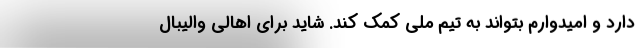
دارد و امیدوارم بتواند به تیم ملی کمک کند. شاید برای اهالی والیبال